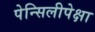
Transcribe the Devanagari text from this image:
पेन्सिलीपेक्षा